Vaccine operations Central Provinces & Berar 1922-1929 - 1922-1929
Year: 1922
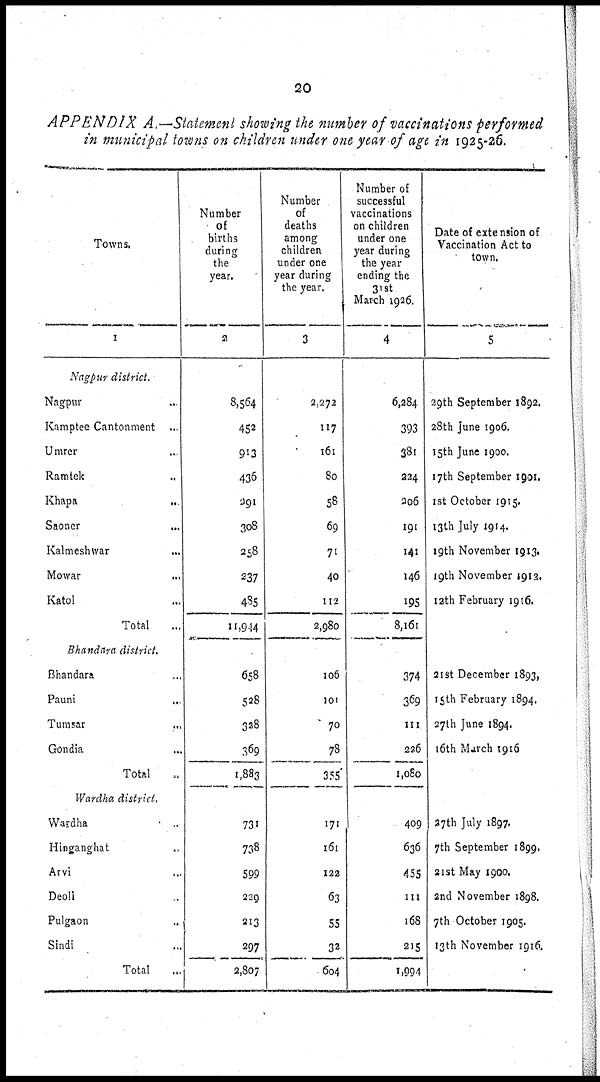
20
APPENDIX A.—Statement showing the number of vaccinations performed
in municipal towns on children under one year of age in 1925-26.
Towns.
1
Nagpur district.
Nagpur ...
Kamptee Cantonment ..
Umrer ..
Ramtek ..
Khapa ..
Saoner ...
Kalmeshwar ...
Mowar ...
Katol ...
Total
Bhandara district.
Bhandara ...
Pauni
..
Tumsar ...
Gondia ...
Total ...
Wardha district.
Wardha
Hinganghat ...
Arvi ...
Deoli ...
Pulgaon ...
Sindi ...
Total
Number
of
births
during
the
year.
2
8,564
452
913
436
291
308
258
237
485
11,944
658
528
328
369
1,883
731
738
599
229
213
297
2,807
Number
of
deaths
among
children
under one
year during
the year.
3
2,272
117
161
80
58
69
71
40
112
2,980
106
101
70
78
355
171
161
122
63
55
32
604
Number of
successful
vaccinations
on children
under one
year during
the year
ending the
31st
March 1926.
4
6,284
393
381
224
206
191
141
146
195
8,161
374
369
111
226
1,080
409
636
455
111
168
215
1,994
Date of extension of
Vaccination Act to
town.
5
29th September 1892.
28th June 1906.
15th June 1900.
17th September 1901.
1st October 1915.
13th July 1914.
19th November 1913.
19th November 1912.
12th February 1916.
21st December 1893.
15th February 1894.
27th June 1894.
16th March 1916
27th July 1897.
7th September 1899.
21st May 1900.
2nd November 1898.
7th October 1905.
13th November 1916.